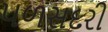
પળસદરી